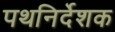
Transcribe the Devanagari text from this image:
पथनिर्देशक